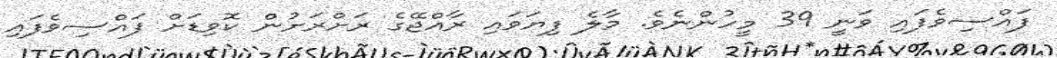
ފައްސިވެފައި ވަނީ 39 މީހުންނެވެ. މާލެ ފިޔަވައި ރާއްޖޭގެ ރަށްރަށުން ކޮވިޑަށް ފައްސިވެފައި